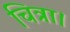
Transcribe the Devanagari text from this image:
चित्रा।